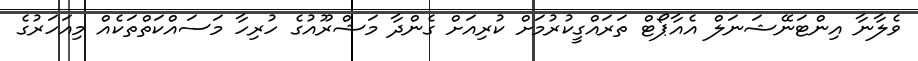
ވެލާނާ އިންޓަނޭޝަނަލް އެއާޕޯޓް ތަރައްގީކުރުމަށް ކުރިއަށް ގެންދާ މަޝްރޫއުގެ ހުރިހާ މަސައްކަތްތަކެއް މިއަހަރުގެ